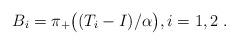
LaTeX: \begin{align*}B_i=\pi_+\big((T_i-I)/\alpha\big), i=1,2\;.\end{align*}